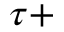
\tau +